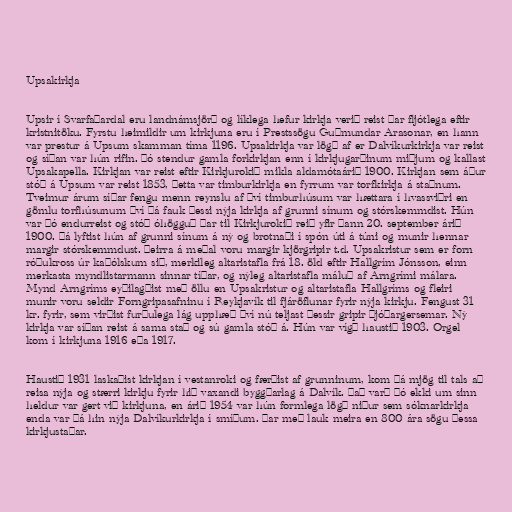
Upsakirkja

Upsir í Svarfaðardal eru landnámsjörð og líklega hefur kirkja verið reist þar fljótlega eftir
kristnitöku. Fyrstu heimildir um kirkjuna eru í Prestssögu Guðmundar Arasonar, en hann
var prestur á Upsum skamman tíma 1196. Upsakirkja var lögð af er Dalvíkurkirkja var reist
og síðan var hún rifin. Þó stendur gamla forkirkjan enn í kirkjugarðinum miðjum og kallast
Upsakapella. Kirkjan var reist eftir Kirkjurokið mikla aldamótaárið 1900. Kirkjan sem áður
stóð á Upsum var reist 1853, þetta var timburkirkja en fyrrum var torfkirkja á staðnum.
Tveimur árum síðar fengu menn reynslu af því timburhúsum var hættara í hvassviðri en
gömlu torfhúsunum því þá fauk þessi nýja kirkja af grunni sínum og stórskemmdist. Hún
var þó endurreist og stóð óhögguð þar til Kirkjurokið reið yfir þann 20. september árið
1900. Þá lyftist hún af grunni sínum á ný og brotnaði í spón úti á túni og munir hennar
margir stórskemmdust. Þeirra á meðal voru margir kjörgripir t.d. Upsakristur sem er forn
róðukross úr kaþólskum sið, merkileg altaristafla frá 18. öld eftir Hallgrím Jónsson, einn
merkasta myndlistarmann sinnar tíðar, og nýleg altaristafla máluð af Arngrími málara.
Mynd Arngríms eyðilagðist með öllu en Upsakristur og altaristafla Hallgríms og fleiri
munir voru seldir Forngripasafninu í Reykjavík til fjáröflunar fyrir nýja kirkju. Fengust 31
kr. fyrir, sem virðist furðulega lág upphæð því nú teljast þessir gripir þjóðargersemar. Ný
kirkja var síðan reist á sama stað og sú gamla stóð á. Hún var vígð haustið 1903. Orgel
kom í kirkjuna 1916 eða 1917.

Haustið 1931 laskaðist kirkjan í vestanroki og færðist af grunninum, kom þá mjög til tals að
reisa nýja og stærri kirkju fyrir hið vaxandi byggðarlag á Dalvík. Það varð þó ekki um sinn
heldur var gert við kirkjuna, en árið 1954 var hún formlega lögð niður sem sóknarkirkja
enda var þá hin nýja Dalvíkurkirkja í smíðum. Þar með lauk meira en 800 ára sögu þessa
kirkjustaðar.